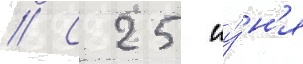
// С 25 иу́н'я